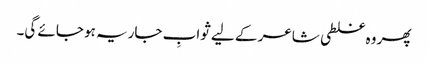
پھر وہ غلطی شاعر کے لیے ثوابِ جاریہ ہو جائے گی۔